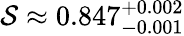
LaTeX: \mathcal{S}\approx 0.847_{-0.001}^{+0.002}